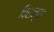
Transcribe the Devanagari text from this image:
पिरान्या